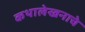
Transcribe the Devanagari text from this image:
कथालेखनाचे